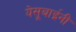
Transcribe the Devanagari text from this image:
येसूबाईनी